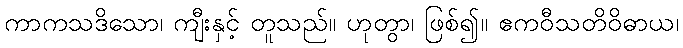
ကာကသဒိသော၊ ကျီးနှင့် တူသည်။ ဟုတွာ၊ ဖြစ်၍။ ဧကဝီသတိဝိဓာယ၊